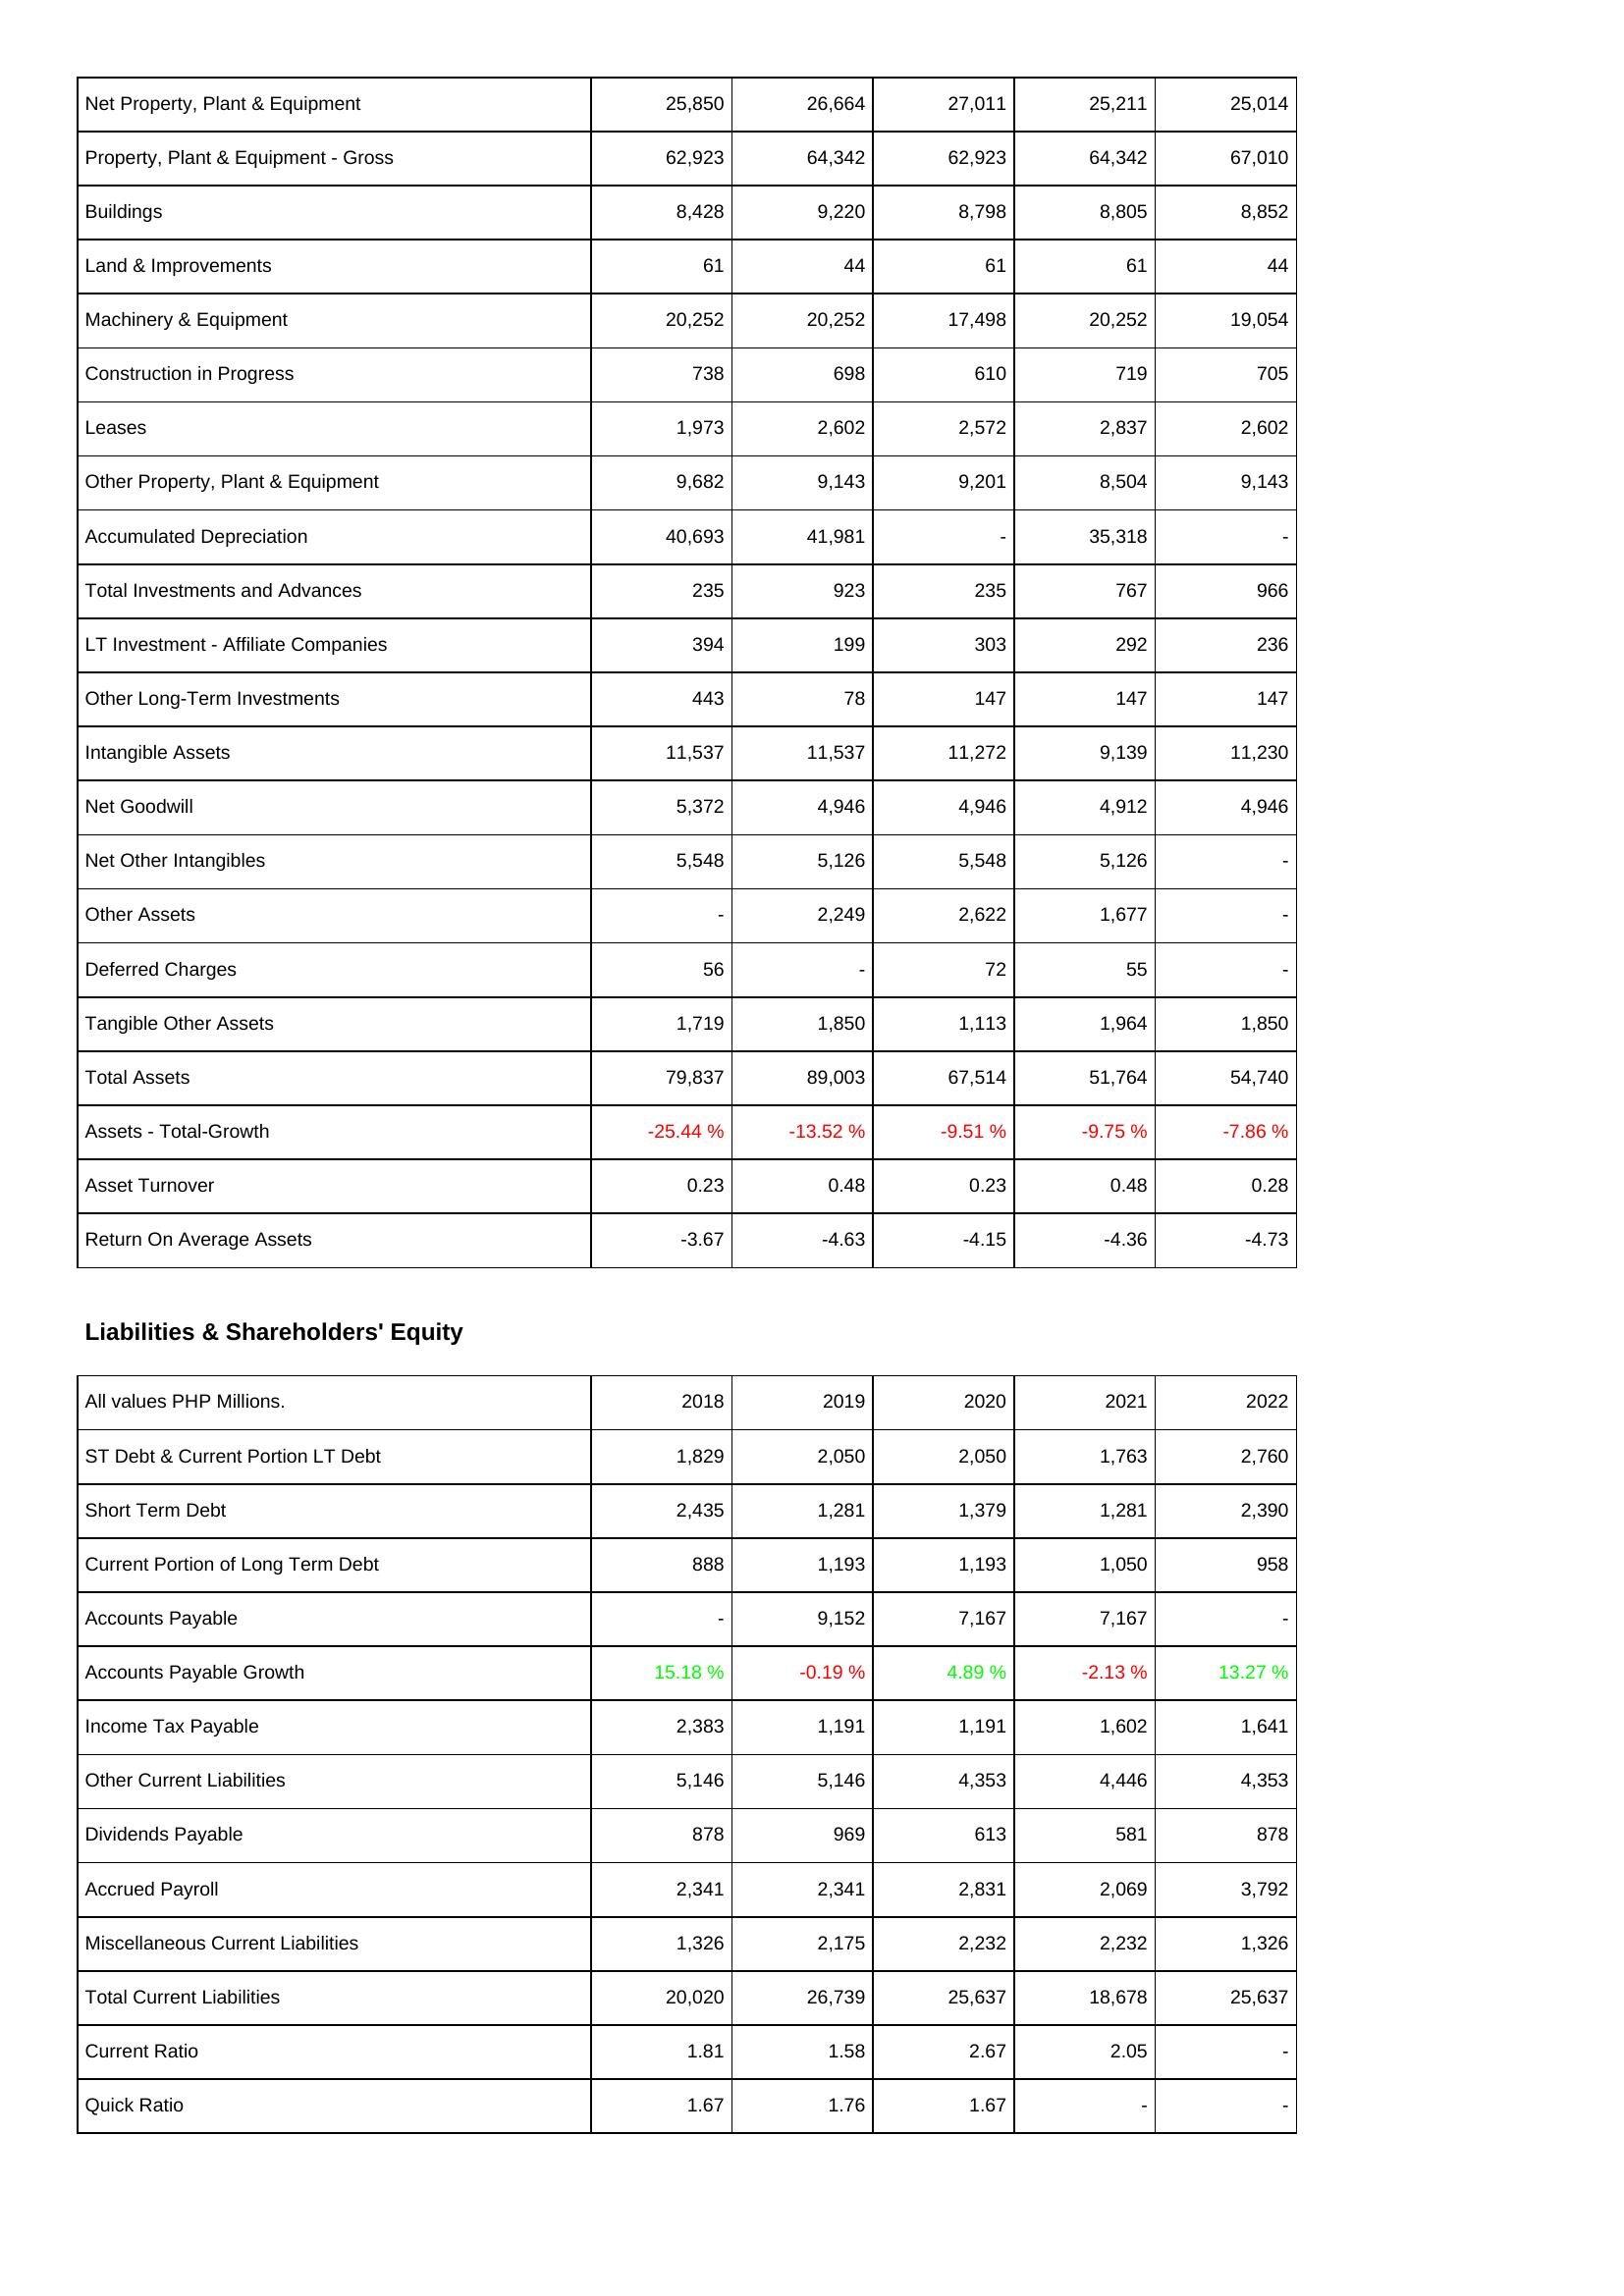
2018: Assets: Net Property, Plant & Equipment: 25,850
Property, Plant & Equipment - Gross: 62,923
Buildings: 8,428
Land & Improvements: 61
Machinery & Equipment: 20,252
Construction in Progress: 738
Leases: 1,973
Other Property, Plant & Equipment: 9,682
Accumulated Depreciation: 40,693
Total Investments and Advances: 235
LT Investment - Affiliate Companies: 394
Other Long-Term Investments: 443
Intangible Assets: 11,537
Net Goodwill: 5,372
Net Other Intangibles: 5,548
Other Assets: -
Deferred Charges: 56
Tangible Other Assets: 1,719
Total Assets: 79,837
Assets - Total-Growth: -25.44 %
Asset Turnover: 0.23
Return On Average Assets: -3.67
Liabilities & Shareholders' Equity: ST Debt & Current Portion LT Debt: 1,829
Short Term Debt: 2,435
Current Portion of Long Term Debt: 888
Accounts Payable: -
Accounts Payable Growth: 15.18 %
Income Tax Payable: 2,383
Other Current Liabilities: 5,146
Dividends Payable: 878
Accrued Payroll: 2,341
Miscellaneous Current Liabilities: 1,326
Total Current Liabilities: 20,020
Current Ratio: 1.81
Quick Ratio: 1.67
2019: Assets: Net Property, Plant & Equipment: 26,664
Property, Plant & Equipment - Gross: 64,342
Buildings: 9,220
Land & Improvements: 44
Machinery & Equipment: 20,252
Construction in Progress: 698
Leases: 2,602
Other Property, Plant & Equipment: 9,143
Accumulated Depreciation: 41,981
Total Investments and Advances: 923
LT Investment - Affiliate Companies: 199
Other Long-Term Investments: 78
Intangible Assets: 11,537
Net Goodwill: 4,946
Net Other Intangibles: 5,126
Other Assets: 2,249
Deferred Charges: -
Tangible Other Assets: 1,850
Total Assets: 89,003
Assets - Total-Growth: -13.52 %
Asset Turnover: 0.48
Return On Average Assets: -4.63
Liabilities & Shareholders' Equity: ST Debt & Current Portion LT Debt: 2,050
Short Term Debt: 1,281
Current Portion of Long Term Debt: 1,193
Accounts Payable: 9,152
Accounts Payable Growth: -0.19 %
Income Tax Payable: 1,191
Other Current Liabilities: 5,146
Dividends Payable: 969
Accrued Payroll: 2,341
Miscellaneous Current Liabilities: 2,175
Total Current Liabilities: 26,739
Current Ratio: 1.58
Quick Ratio: 1.76
2020: Assets: Net Property, Plant & Equipment: 27,011
Property, Plant & Equipment - Gross: 62,923
Buildings: 8,798
Land & Improvements: 61
Machinery & Equipment: 17,498
Construction in Progress: 610
Leases: 2,572
Other Property, Plant & Equipment: 9,201
Accumulated Depreciation: -
Total Investments and Advances: 235
LT Investment - Affiliate Companies: 303
Other Long-Term Investments: 147
Intangible Assets: 11,272
Net Goodwill: 4,946
Net Other Intangibles: 5,548
Other Assets: 2,622
Deferred Charges: 72
Tangible Other Assets: 1,113
Total Assets: 67,514
Assets - Total-Growth: -9.51 %
Asset Turnover: 0.23
Return On Average Assets: -4.15
Liabilities & Shareholders' Equity: ST Debt & Current Portion LT Debt: 2,050
Short Term Debt: 1,379
Current Portion of Long Term Debt: 1,193
Accounts Payable: 7,167
Accounts Payable Growth: 4.89 %
Income Tax Payable: 1,191
Other Current Liabilities: 4,353
Dividends Payable: 613
Accrued Payroll: 2,831
Miscellaneous Current Liabilities: 2,232
Total Current Liabilities: 25,637
Current Ratio: 2.67
Quick Ratio: 1.67
2021: Assets: Net Property, Plant & Equipment: 25,211
Property, Plant & Equipment - Gross: 64,342
Buildings: 8,805
Land & Improvements: 61
Machinery & Equipment: 20,252
Construction in Progress: 719
Leases: 2,837
Other Property, Plant & Equipment: 8,504
Accumulated Depreciation: 35,318
Total Investments and Advances: 767
LT Investment - Affiliate Companies: 292
Other Long-Term Investments: 147
Intangible Assets: 9,139
Net Goodwill: 4,912
Net Other Intangibles: 5,126
Other Assets: 1,677
Deferred Charges: 55
Tangible Other Assets: 1,964
Total Assets: 51,764
Assets - Total-Growth: -9.75 %
Asset Turnover: 0.48
Return On Average Assets: -4.36
Liabilities & Shareholders' Equity: ST Debt & Current Portion LT Debt: 1,763
Short Term Debt: 1,281
Current Portion of Long Term Debt: 1,050
Accounts Payable: 7,167
Accounts Payable Growth: -2.13 %
Income Tax Payable: 1,602
Other Current Liabilities: 4,446
Dividends Payable: 581
Accrued Payroll: 2,069
Miscellaneous Current Liabilities: 2,232
Total Current Liabilities: 18,678
Current Ratio: 2.05
Quick Ratio: -
2022: Assets: Net Property, Plant & Equipment: 25,014
Property, Plant & Equipment - Gross: 67,010
Buildings: 8,852
Land & Improvements: 44
Machinery & Equipment: 19,054
Construction in Progress: 705
Leases: 2,602
Other Property, Plant & Equipment: 9,143
Accumulated Depreciation: -
Total Investments and Advances: 966
LT Investment - Affiliate Companies: 236
Other Long-Term Investments: 147
Intangible Assets: 11,230
Net Goodwill: 4,946
Net Other Intangibles: -
Other Assets: -
Deferred Charges: -
Tangible Other Assets: 1,850
Total Assets: 54,740
Assets - Total-Growth: -7.86 %
Asset Turnover: 0.28
Return On Average Assets: -4.73
Liabilities & Shareholders' Equity: ST Debt & Current Portion LT Debt: 2,760
Short Term Debt: 2,390
Current Portion of Long Term Debt: 958
Accounts Payable: -
Accounts Payable Growth: 13.27 %
Income Tax Payable: 1,641
Other Current Liabilities: 4,353
Dividends Payable: 878
Accrued Payroll: 3,792
Miscellaneous Current Liabilities: 1,326
Total Current Liabilities: 25,637
Current Ratio: -
Quick Ratio: -